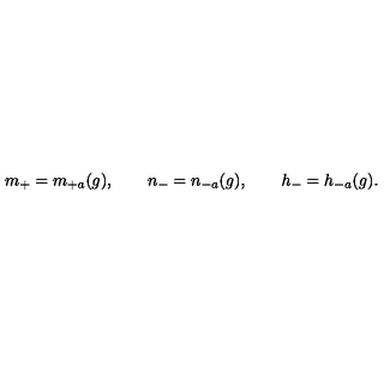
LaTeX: m _ { + } = m _ { + a } ( g ) , \qquad n _ { - } = n _ { - a } ( g ) , \qquad h _ { - } = h _ { - a } ( g ) .